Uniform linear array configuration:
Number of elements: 12
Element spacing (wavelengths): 0.25
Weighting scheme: kaiser
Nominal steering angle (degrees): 60
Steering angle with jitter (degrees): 60.34
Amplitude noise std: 0.05
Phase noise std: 0.05

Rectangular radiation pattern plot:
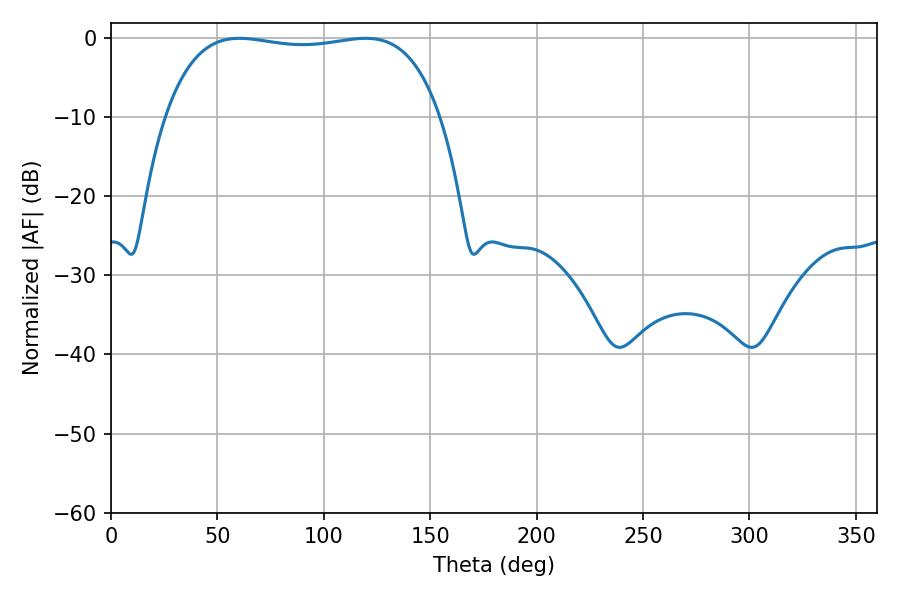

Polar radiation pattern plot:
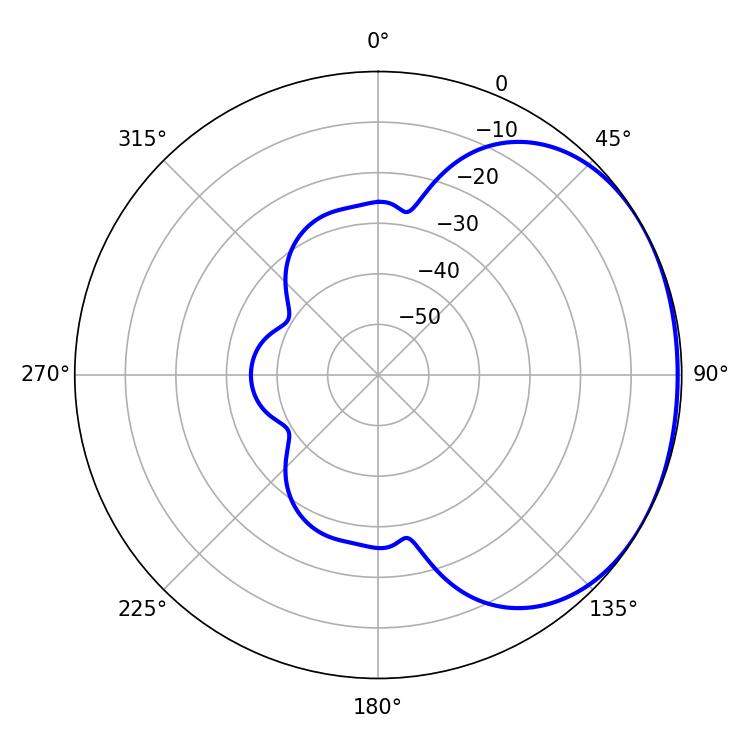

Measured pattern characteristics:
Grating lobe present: FALSE
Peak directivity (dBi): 1.362
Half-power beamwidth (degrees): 103.32
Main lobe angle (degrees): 60.3